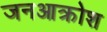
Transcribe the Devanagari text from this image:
जनआक्रोश